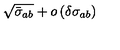
\sqrt { \bar { \sigma } _ { a b } } + o \left( \delta \sigma _ { a b } \right)